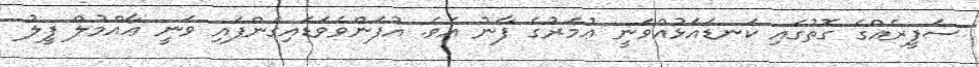
ސަފީރެއްގެ ގޮތުގައި ކަނޑައަޅުއްވަނީ ޢުމަރުގެ ފާނު އެވެ. އުފަންވެވަޑައިގެންފައި ވަނީ ޢާއްމުލް ފީލު